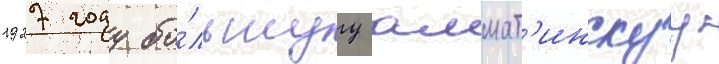
1927 году бо́льшуу алмат'инскуу